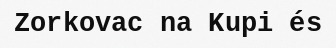
Zorkovac na Kupi és